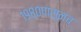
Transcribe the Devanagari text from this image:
१९८०पासूनच